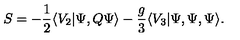
S = - \frac { 1 } { 2 } \langle V _ { 2 } | \Psi , Q \Psi \rangle - \frac { g } { 3 } \langle V _ { 3 } | \Psi , \Psi , \Psi \rangle .